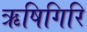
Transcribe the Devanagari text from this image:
ऋषिगिरि